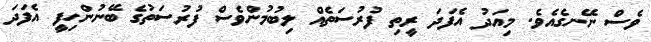
ވެސް ނޭނގެއެވެ. މިއަދު އެފަދަ ރީތި ފުރުސަތެއް ލިބުމުންވެސް ފުރުސަތުގެ ބޭނުންހިފީ އެފަދަ